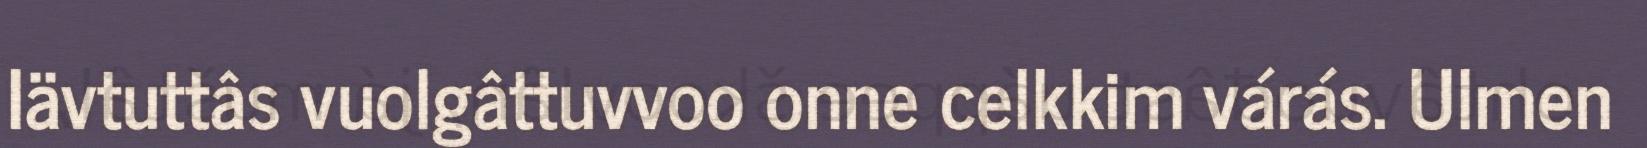
Iävtuttâs vuolgâttuvvoo onne celkkim várás. Ulmen